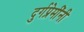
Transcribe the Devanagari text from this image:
दुर्गप्रेमींनी